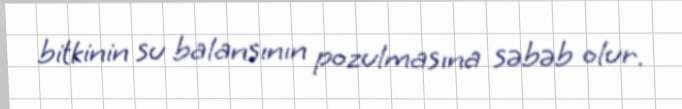
bitkinin su balansının pozulmasına səbəb olur.